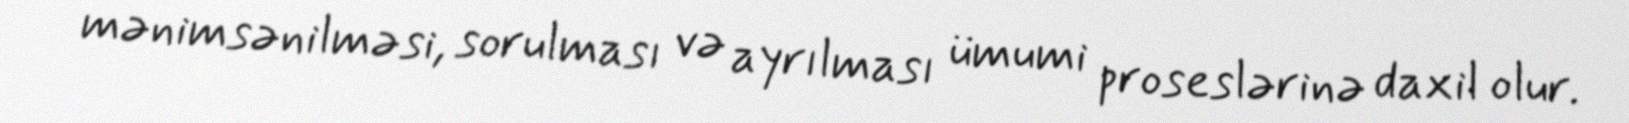
mənimsənilməsi, sorulması və ayrılması ümumi proseslərinə daxil olur.